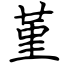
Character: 堇